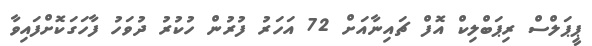
ޕީޕަލްސް ރިޕަބްލިކް އޮފް ޗައިނާއަށް 72 އަހަރު ފުރުން ހުކުރު ދުވަހު ފާހަގަކޮށްފައިވާ